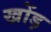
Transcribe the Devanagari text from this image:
खोंड़